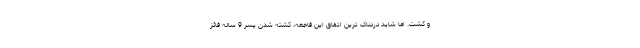
و کشت. اما شاید دردناک ترین اتفاق این فاجعه، کشته شدن پسر 9 ساله فائز